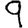
Digit: 9